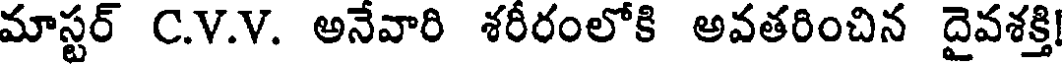
మాస్టర్ C.V.V. అనేవారి శరీరంలోకి అవతరించిన దైవశక్తి